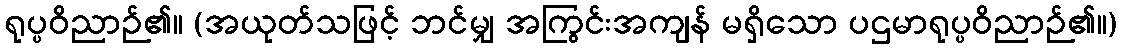
ရုပ္ပဝိညာဉ်၏။ (အယုတ်သဖြင့် ဘင်မျှ အကြွင်းအကျန် မရှိသော ပဌမာရုပ္ပဝိညာဉ်၏။)